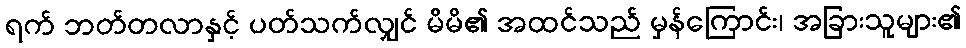
ရက် ဘတ်တလာနှင့် ပတ်သက်လျှင် မိမိ၏ အထင်သည် မှန်ကြောင်း၊ အခြားသူများ၏